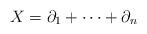
LaTeX: \begin{align*}X=\partial_1+\cdots+\partial_n\end{align*}